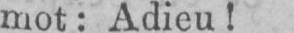
mot: Adieu!